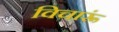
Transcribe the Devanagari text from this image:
विचारूं